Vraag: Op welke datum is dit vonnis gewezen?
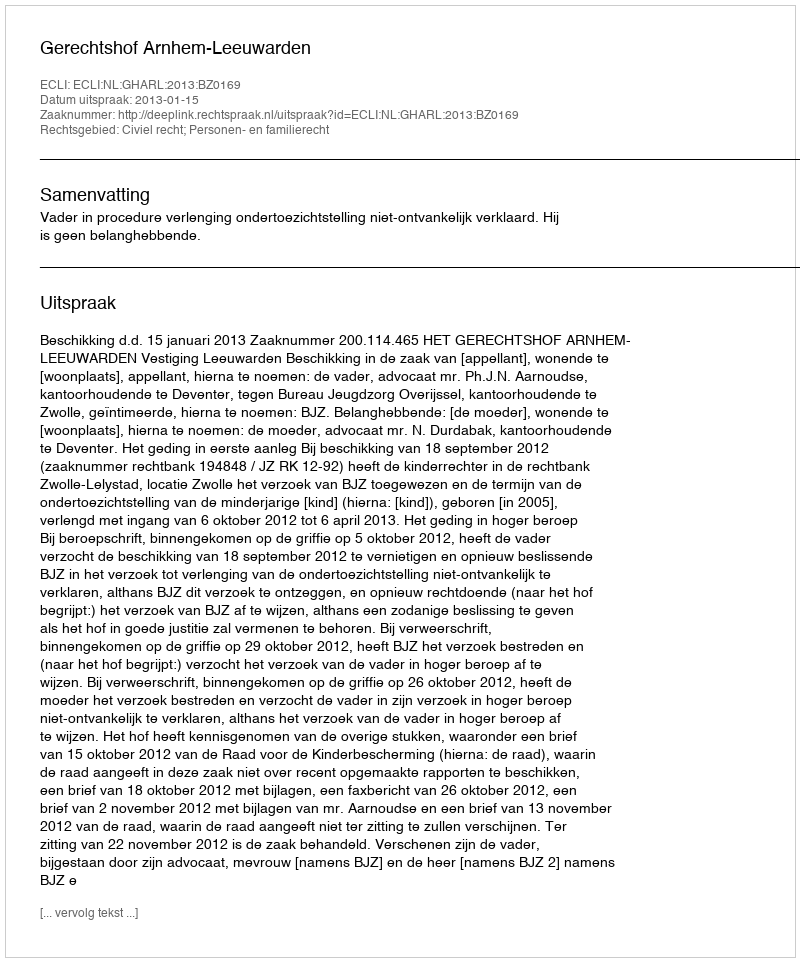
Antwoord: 2013-01-15